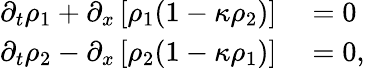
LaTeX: \begin{array}{rl}{\partial_{t}\rho_{1}+\partial_{x}\left[\rho_{1}(1-\kappa\rho_{2})\right]{}}&{{}={}0}\\ {\partial_{t}\rho_{2}-\partial_{x}\left[\rho_{2}(1-\kappa\rho_{1})\right]{}}&{{}={}0,}\end{array}